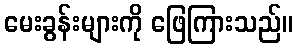
မေးခွန်းများကို ဖြေကြားသည်။